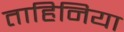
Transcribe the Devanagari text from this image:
ताहिनिया